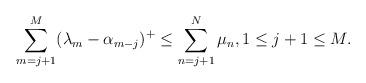
LaTeX: \begin{align*}\sum_{m=j+1}^{M}(\lambda_m-\alpha_{m-j})^+\leq\sum_{n=j+1}^{N}\mu_n,1\leq j+1\leq M.\end{align*}